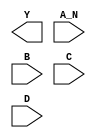
module sky130_fd_sc_ms__nand4b (
    Y  ,
    A_N,
    B  ,
    C  ,
    D
);

    output Y  ;
    input  A_N;
    input  B  ;
    input  C  ;
    input  D  ;

    // Voltage supply signals
    supply1 VPWR;
    supply0 VGND;
    supply1 VPB ;
    supply0 VNB ;

endmodule